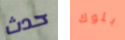
حدث بلوك